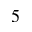
^ 5